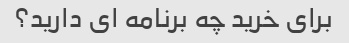
برای خرید چه برنامه ای دارید؟